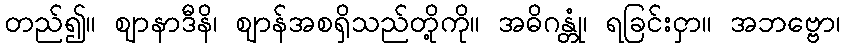
တည်၍။ ဈာနာဒီနိ၊ ဈာန်အစရှိသည်တို့ကို။ အဓိဂန္တုံ၊ ရခြင်းငှာ။ အဘဗ္ဗော၊